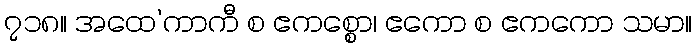
၇၁၈။ အထေ’ကာကီ စ ဧကစ္စော၊ ဧကော စ ဧကကော သမာ။